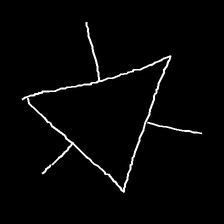
Glyph: fire